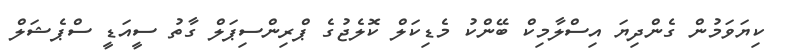
ކިޔަވަމުން ގެންދިޔަ އިސްލާމިކް ބޭންކު މެޑިކަލް ކޮލެޖުގެ ޕްރިންސިޕަލް ގާތު ސީއަޑީ ސްޕެޝަލް